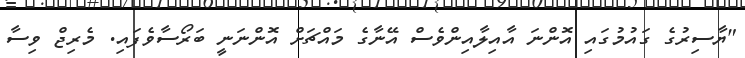
"ޔާސިރުގެ ގައުމުގައި އޮންނަ އާއިލާއިންވެސް އޭނާގެ މައްޗަށް އޮންނަނީ ބަރޯސާވެފައި. މެރިޖް ވިސާ